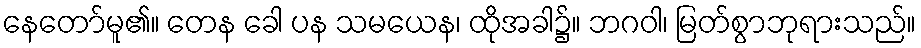
နေတော်မူ၏။ တေန ခေါ ပန သမယေန၊ ထိုအခါ၌။ ဘဂဝါ၊ မြတ်စွာဘုရားသည်။